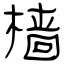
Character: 樯